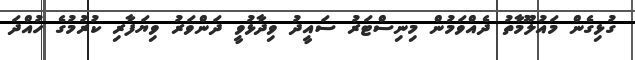
ގުޅިގެން މައުލޫމާތު ދެއްވަމުން މިނިސްޓަރު ސައީދު ވިދާޅުވީ ދަންވަރު ވިޔަފާރި ކުރުމުގެ ހުއްދަ